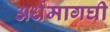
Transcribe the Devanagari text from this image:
अर्धमागघी